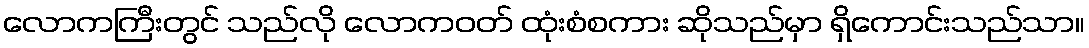
လောကကြီးတွင် သည်လို လောကဝတ် ထုံးစံစကား ဆိုသည်မှာ ရှိကောင်းသည်သာ။